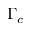
\Gamma _ { c }